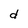
Character: d